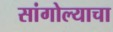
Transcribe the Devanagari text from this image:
सांगोल्याचा